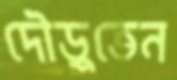
দৌড়ুতেন